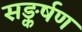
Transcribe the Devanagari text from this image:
सङ्कर्षण